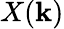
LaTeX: X(\mathbf{k})